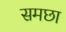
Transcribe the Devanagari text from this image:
समछा